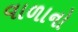
વાળાનો